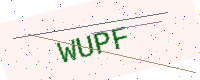
Text: WUPF